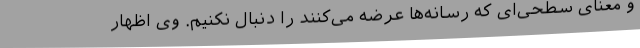
و معنای سطحی‌ای که رسانه‌ها عرضه می‌کنند را دنبال نکنیم. وی اظهار